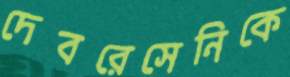
দেবরেসেনিকে